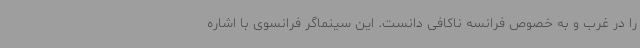
را در غرب و به خصوص فرانسه ناکافی دانست. این سینماگر فرانسوی با اشاره